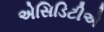
એસિડિટીએ